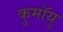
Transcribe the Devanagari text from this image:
कुमॉयु